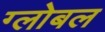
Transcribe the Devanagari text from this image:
ग्लोबल